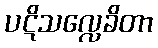
ပဋိသလ္လေခိတာ